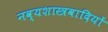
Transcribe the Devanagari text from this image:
नव्यशास्त्रवादियों